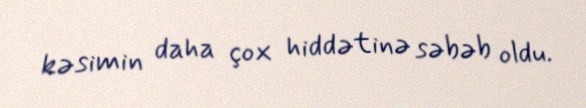
kəsimin daha çox hiddətinə səbəb oldu.